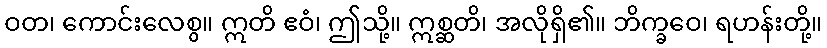
ဝတ၊ ကောင်းလေစွ။ ဣတိ ဧဝံ၊ ဤသို့။ ဣစ္ဆတိ၊ အလိုရှိ၏။ ဘိက္ခဝေ၊ ရဟန်းတို့။